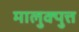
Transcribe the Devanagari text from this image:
मालुक्पुत्त